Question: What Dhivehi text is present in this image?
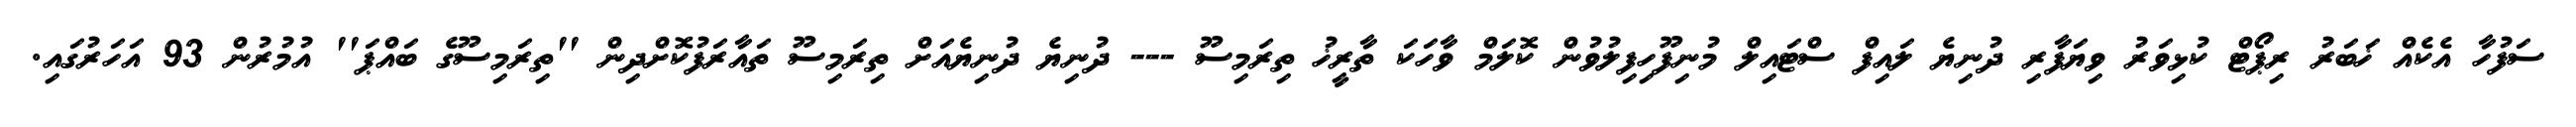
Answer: ސަފުހާ އެކެއް ޚަބަރު ރިޕޯޓް ކުޅިވަރު ވިޔަފާރި ދުނިޔެ ލައިފް ސްޓައިލް މުނިފޫހިފިލުވުން ކޮލަމް ވާހަކަ ތާރީޚު ތިރަމިސޫ --- ދުނިޔެ ދުނިޔެއަށް ތިރަމިސޫ ތައާރަފުކޮށްދިން ''ތިރަމިސޫގެ ބައްޕަ'' އުމުރުން 93 އަހަރުގައި.